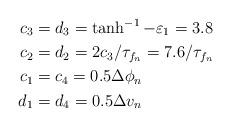
LaTeX: \begin{align*}c_3 &= d_3 = \tanh^{-1}-\varepsilon_1 = 3.8\\c_2 &= d_2 = 2 c_3/\tau_{f_n} = 7.6/\tau_{f_n} \\c_1 &= c_4 = 0.5 \Delta \phi_n \\d_1 &= d_4 = 0.5 \Delta v_n \end{align*}